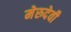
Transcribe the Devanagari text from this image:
मेरुदेवी